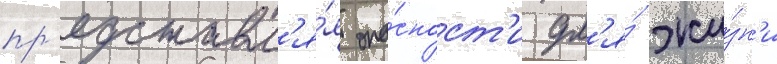
пр'едставл'я́я опа́сност'и дл'я́ жи́зн'и